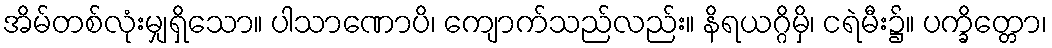
အိမ်တစ်လုံးမျှရှိသော။ ပါသာဏောပိ၊ ကျောက်သည်လည်း။ နိရယဂ္ဂိမှိ၊ ငရဲမီး၌။ ပက္ခိတ္တော၊